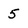
Character: 5